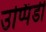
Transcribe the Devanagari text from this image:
उप्पिंडी